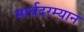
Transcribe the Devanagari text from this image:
स्पर्धदरम्यान